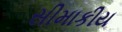
સીમાકીય